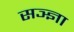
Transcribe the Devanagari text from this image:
सञ्ज्ञा